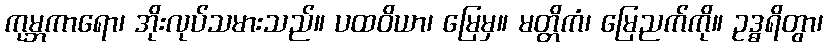
ကုမ္ဘကာရော၊ အိုးလုပ်သမားသည်။ ပထဝိယာ၊ မြေမှ။ မတ္တိကံ၊ မြေညက်ကို။ ဥဒ္ဓရိတွာ၊